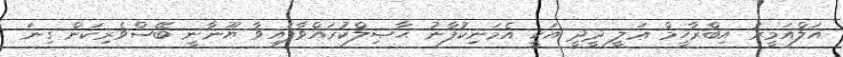
އަލްއަމީރު އިބްރާހީމް ޢަލީ ދީދީ އަކީ އެމަނިކުފާނު ޙާޞިލްކުރައްވާފައިވާ ޔޫނާނީ ބޭސްވެރިކަން ގިނަ